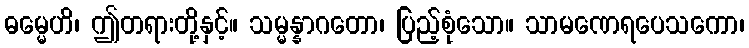
ဓမ္မေဟိ၊ ဤတရားတို့နှင့်။ သမ္မန္နာဂတော၊ ပြည့်စုံသော။ သာမဏေရပေသကော၊